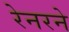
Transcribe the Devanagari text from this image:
रेनरने